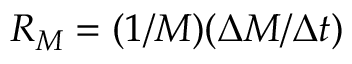
R _ { M } = ( 1 / M ) ( \Delta M / \Delta t )